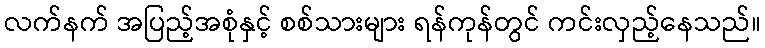
လက်နက် အပြည့်အစုံနှင့် စစ်သားများ ရန်ကုန်တွင် ကင်းလှည့်နေသည်။